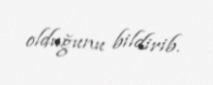
olduğunu bildirib.